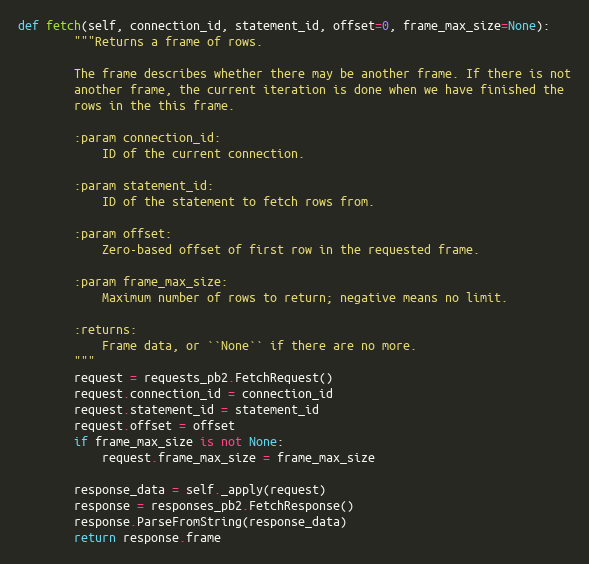
Language: Python
def fetch(self, connection_id, statement_id, offset=0, frame_max_size=None):
        """Returns a frame of rows.

        The frame describes whether there may be another frame. If there is not
        another frame, the current iteration is done when we have finished the
        rows in the this frame.

        :param connection_id:
            ID of the current connection.

        :param statement_id:
            ID of the statement to fetch rows from.

        :param offset:
            Zero-based offset of first row in the requested frame.

        :param frame_max_size:
            Maximum number of rows to return; negative means no limit.

        :returns:
            Frame data, or ``None`` if there are no more.
        """
        request = requests_pb2.FetchRequest()
        request.connection_id = connection_id
        request.statement_id = statement_id
        request.offset = offset
        if frame_max_size is not None:
            request.frame_max_size = frame_max_size

        response_data = self._apply(request)
        response = responses_pb2.FetchResponse()
        response.ParseFromString(response_data)
        return response.frame